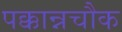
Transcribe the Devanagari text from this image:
पक्कान्नचौक